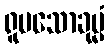
ရူပသောခုမ္မံ